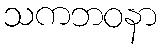
သကဘဝနာ